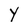
Character: Y